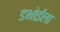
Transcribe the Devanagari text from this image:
डभोईला